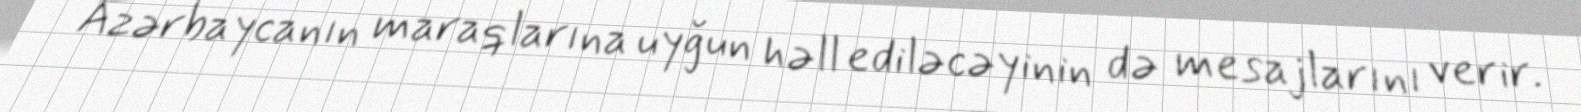
Azərbaycanın maraqlarına uyğun həll ediləcəyinin də mesajlarını verir.